Indian journal of veterinary science and animal husbandry - Volume 13,
Year: 1943
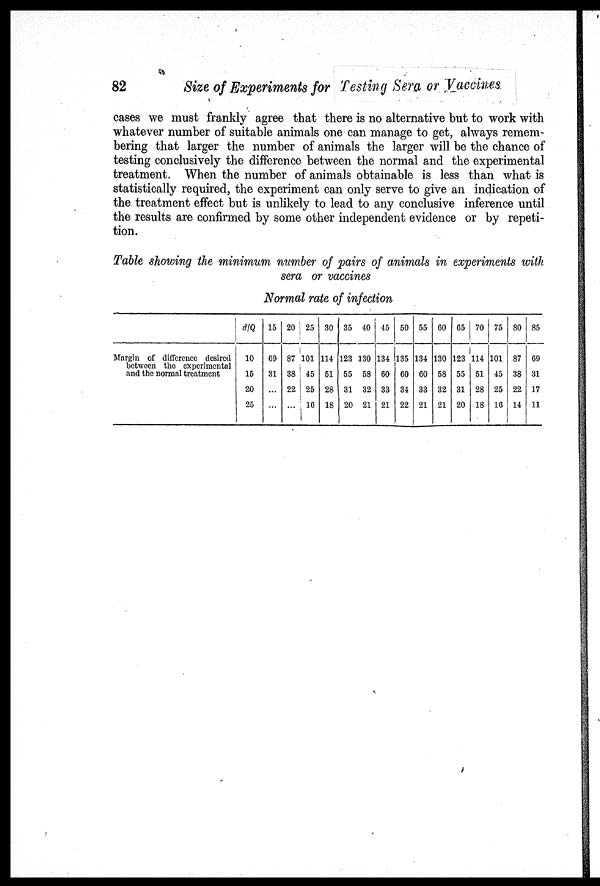
82
Size of Experiments for Testing Sera or "Vaccines
cases we must frankly agree that there is no alternative but to work with
whatever number of suitable animals one can manage to get, always remem-
bering that larger the number of animals the larger will be the chance of
testing conclusively the difference between the normal and the experimental
treatment. When the number of animals obtainable is less than what is
statistically required, the experiment can only serve to give an indication of
the treatment effect but is unlikely to lead to any conclusive inference until
the results are confirmed by some other independent evidence or by repeti-
tion.
Table showing the minimum member of pairs of animals in experiments with
sera or vaccines
Normal rate of infection
Margin of difference desired
between the experimental
and the normal treatment
d/Q
10
15
20
25
15
69
31
...
...
20
87
38
22
...
25
101
45
25
16
30
114
51
28
18
35
123
55
31
20
40
130
58
32
21
45
134
60
33
21
50
135
60
34
22
55
134
60
33
21
60
130
58
32
21
65
123
55
31
20
70
114
51
28
18
75
101
45
25
16
80
87
38
22
14
85
69
31
17
11